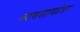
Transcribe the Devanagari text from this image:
व्यवसायांतर